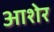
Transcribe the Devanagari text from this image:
आशेर